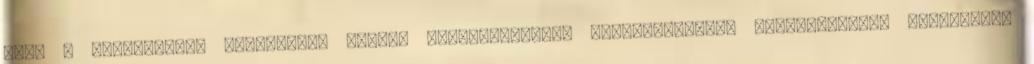
csak a filmsor.net szerzőinek írásos jóváhagyásával engedélyezett. Weboldalunkon cookie-kat